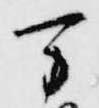
万